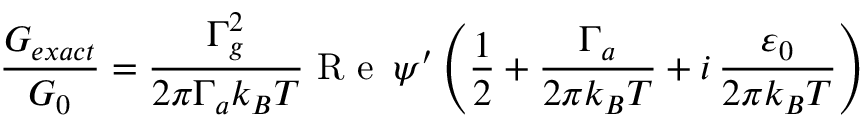
\frac { G _ { e x a c t } } { G _ { 0 } } = \frac { \Gamma _ { g } ^ { 2 } } { 2 \pi \Gamma _ { a } k _ { B } T } \mathrm { ~ R ~ e ~ } \, \psi ^ { \prime } \left( \frac { 1 } { 2 } + \frac { \Gamma _ { a } } { 2 \pi k _ { B } T } + i \, \frac { \varepsilon _ { 0 } } { 2 \pi k _ { B } T } \right)